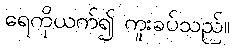
ရေကိုယက်၍ ကူးခပ်သည်။